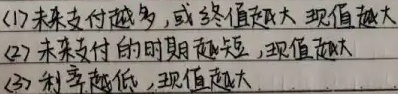
(1) 未来支付越多，或终值越大，现值越大。
(2) 未来支付的时期越短，现值越大。
(3) 利率越低，现值越大。